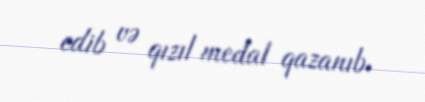
edib və qızıl medal qazanıb.